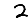
Digit: 2